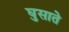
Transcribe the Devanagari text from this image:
घुसाते